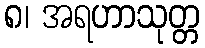
၈၊ အရဟာသုတ္တ